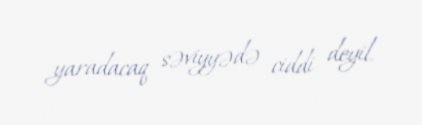
yaradacaq səviyyədə ciddi deyil.